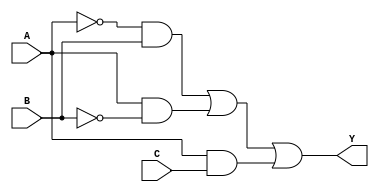
module combinational_logic (
    input wire A,  // Input variable A
    input wire B,  // Input variable B
    input wire C,  // Input variable C
    output wire Y  // Output variable Y
);

// Minimized Logic Expression (example): Y = A'B + AB' + AC
assign Y = (~A & B) | (A & ~B) | (A & C);

endmodule